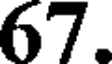
67.